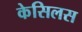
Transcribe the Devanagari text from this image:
केसिलस